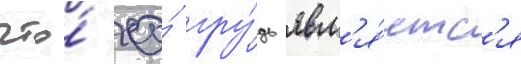
что́ ео́ гру́дь явл'я́етс'я